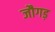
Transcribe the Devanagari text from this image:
जौगड़